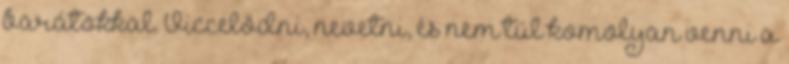
barátokkal. Viccelődni, nevetni, és nem túl komolyan venni a